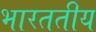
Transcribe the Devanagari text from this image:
भारततीय